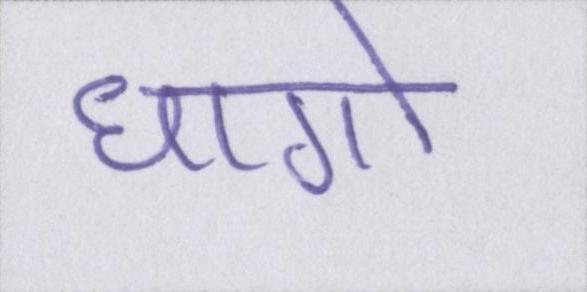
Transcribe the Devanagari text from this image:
धागो